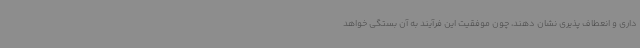
داری و انعطاف پذیری نشان دهند، چون موفقیت این فرآیند به آن بستگی خواهد